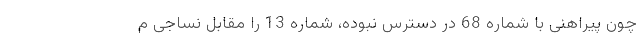
چون پیراهنی با شماره 68 در دسترس نبوده، شماره 13 را مقابل نساجی م